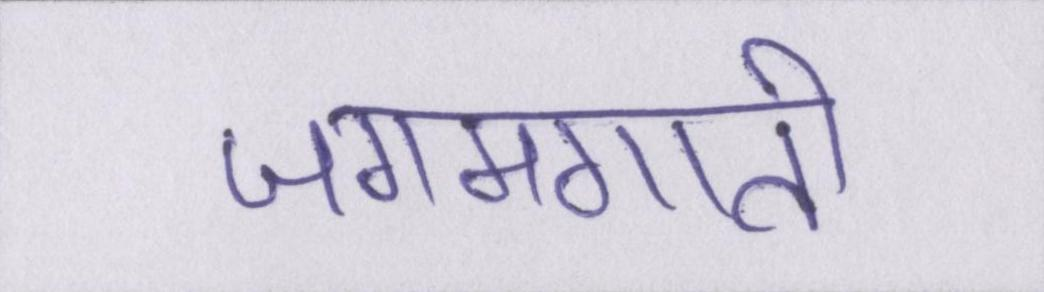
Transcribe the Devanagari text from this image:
जगमगाती